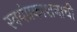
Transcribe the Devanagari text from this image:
स्वयंप्रकाशनाची